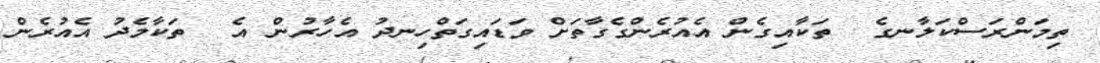
ތިމަންރަސްކަލާނގެ  ތަކާއިގެން އެއުރެންގެގާތަށް ވަޑައިގަތްހިނދު އެހާރުން އެ  ތަކާމެދު އެއުރެން